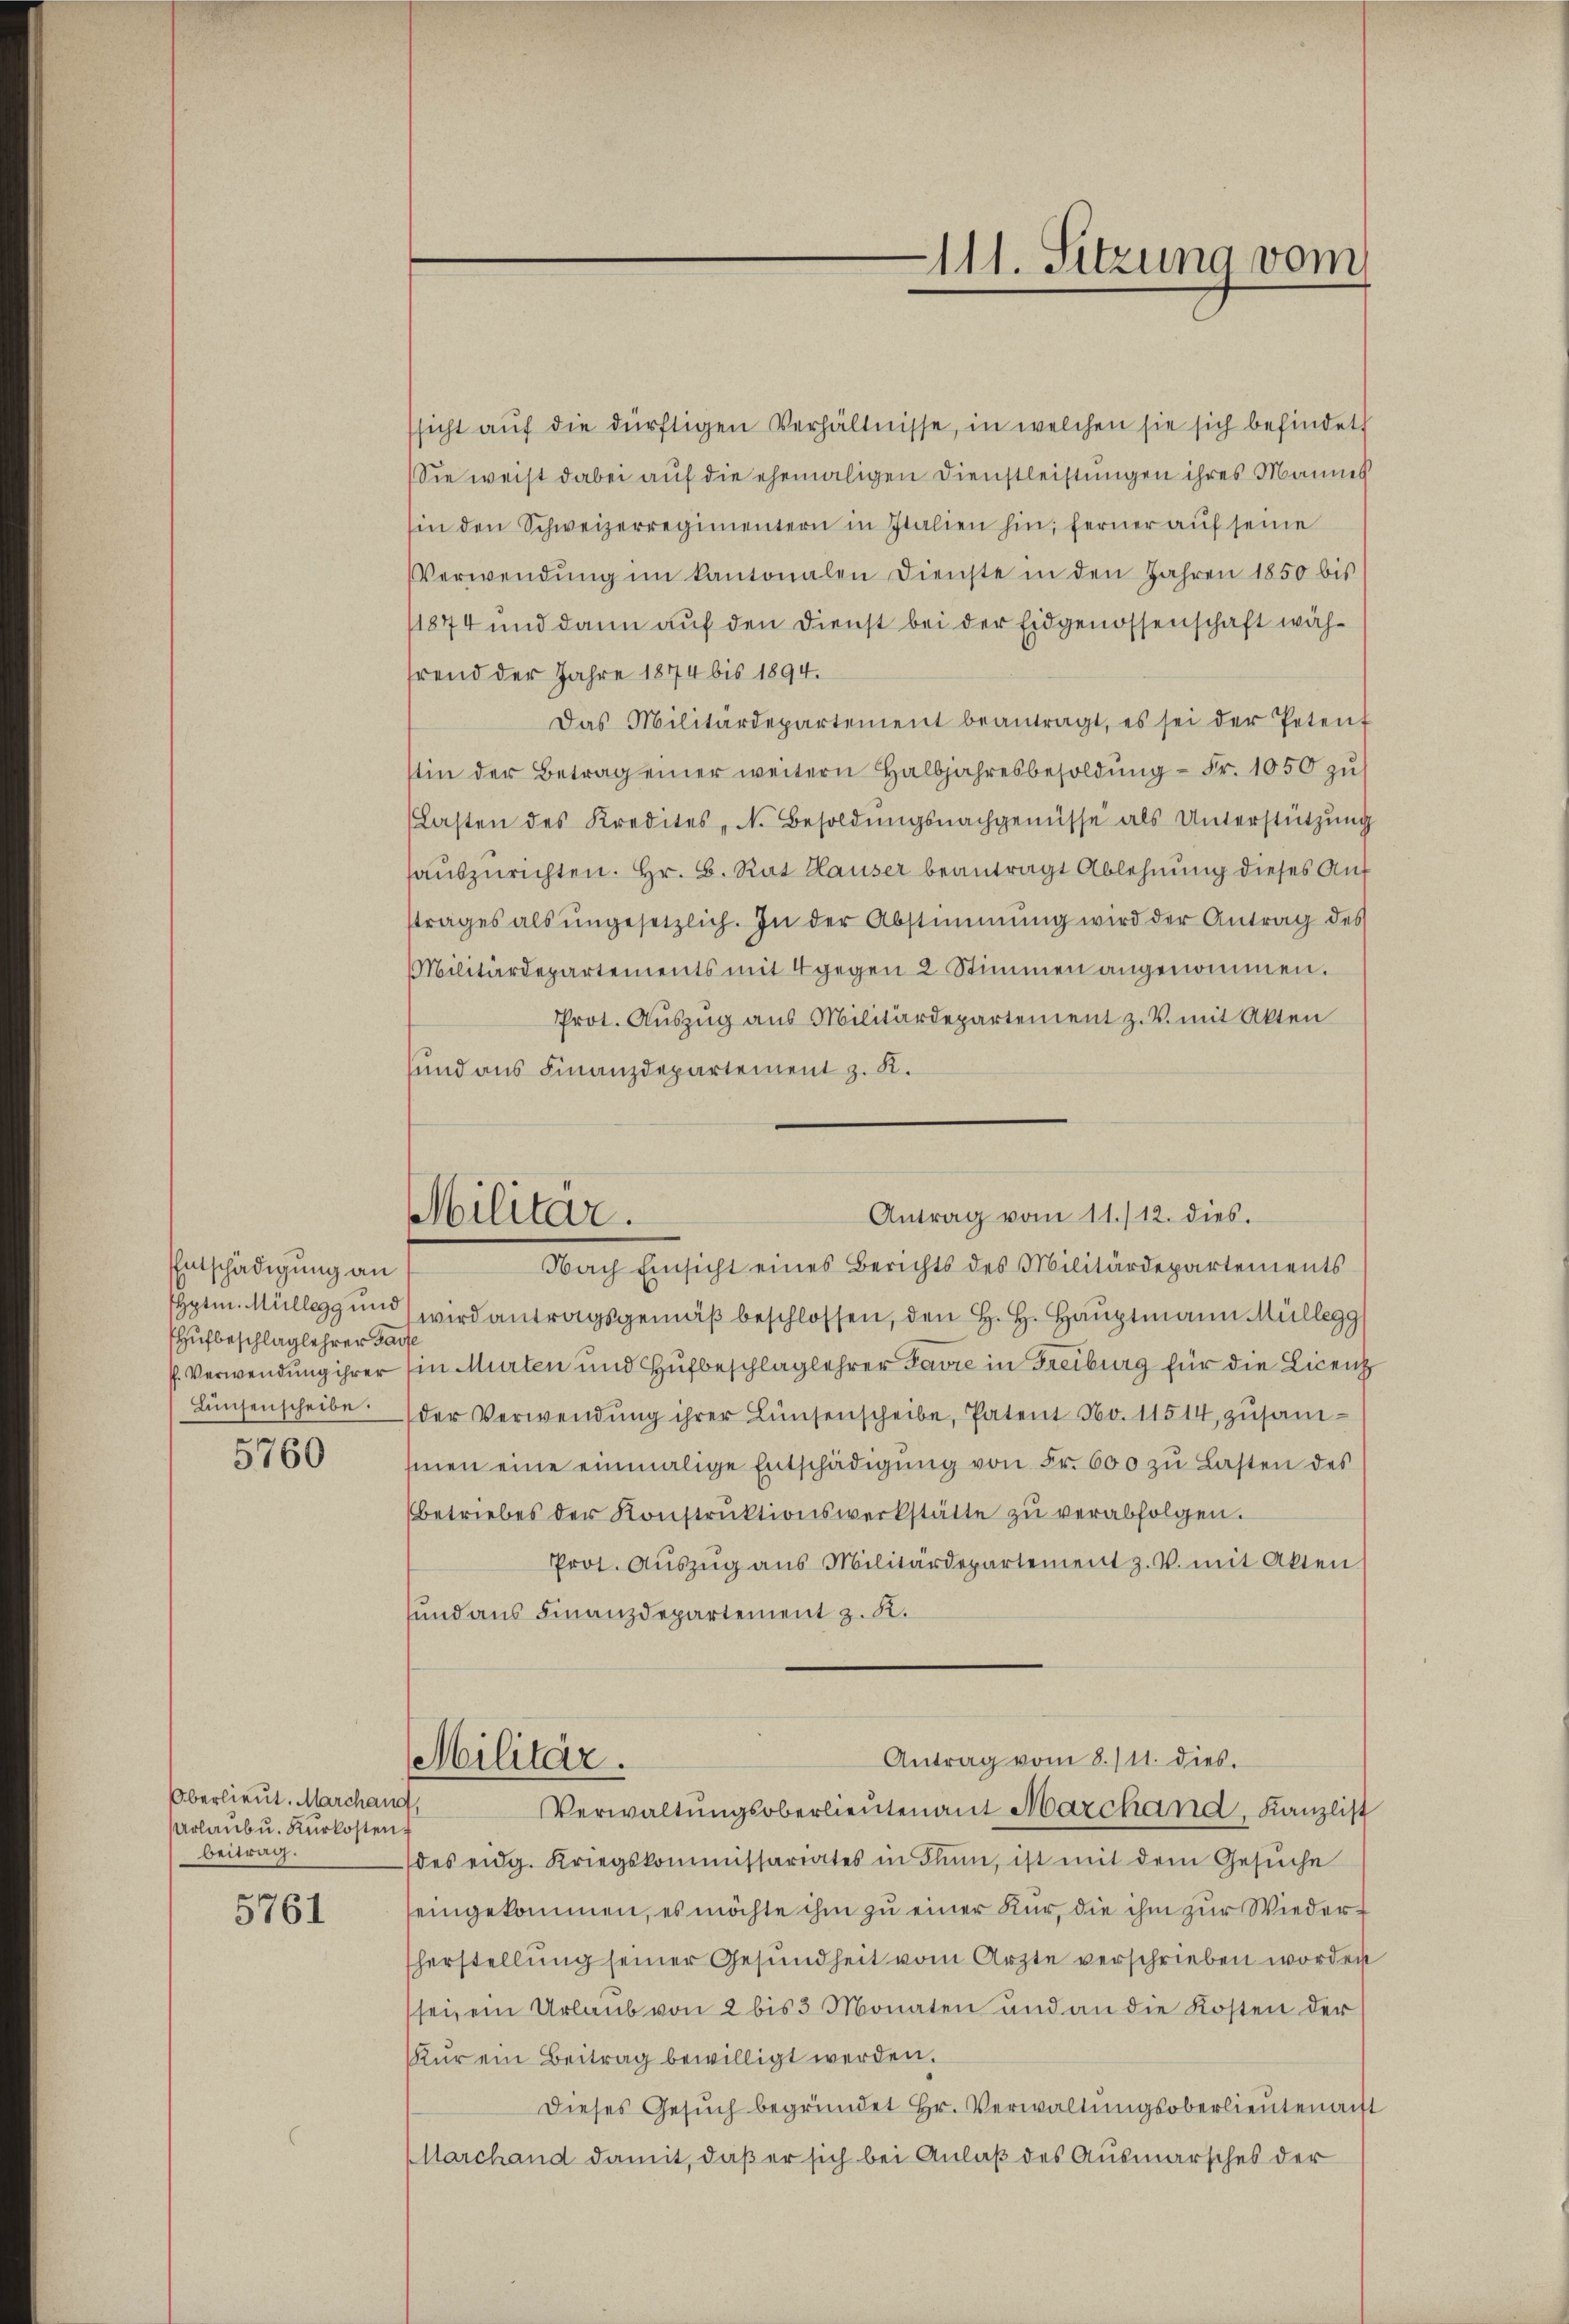
Entschädigung an
ufbeschlag lehrer Sac
Linsenscheibe.

5760

Oberlieut. Marchang,
Arlaŭb u. Kurkosten
beitrag.

5761

Militär.

ssicht aŭf die dürftigen Verhältnisse, in welchen sie sich befindet
Sie weist dabei auf die ehemaligen Dienstleistungen ihres Mannes
sin den Schweizerregimentern in Italien hin; ferner aŭf seine
Verwendŭng im kantonalen Dienste in den Jahren 1850 bis
11874 und dann auf den Dienst bei der Eidgenossenschaft wähhrend der Jahre 1874 bis 1894.
Das Militärdepartement beantragt, es sei der Petent
stin der Betrag einer weitern Halbjahresbesoldŭng - Fr. 1050 zu
Lasten des Kredites N. Besoldŭngsnachgenüsse als Unterstützŭng
haŭszŭrichten. Hr. B. Rat Hauser beantragt Ablehnung dieses Auf
strages als ŭngesetzlich. In der Abstimmung wird der Antrag des
Militärdepartements mit 4 gegen 2 Stimmen angenommen.
Prot. Aŭszŭg aŭs Militärdepartement z. V. mit Akten
sund aus Finanzdepartement z. K.
Nach Einsicht eines Berichts des Militärdepartements
Hptm. Müllegg und wird antragsgemäß beschlossen, den H. H. Hauptmann Müllegg
P. Verwendung ihrer Ein Murten und Hufbeschlag lehrer Favre in Freiburg für die Licenz
der Verwendŭng ihrer Linsenscheibe, Patent No. 11514, zusamsinen eine einmalige Entschädigŭng von Fr. 600 zu Lasten des
(betriebes der Konstrŭktionswerkstätte zŭ verabfolgen.
Prot. Aŭszŭg aŭs Militärdepartement z. V. mit Akten
sund aus Finanzdepartement z. K.
Antrag vom 8./11. dies.
Militär.
Verwaltungsoberlieutenant Marchand, Kanzlist
des eidg. Kriegskommissariates in Thun, ist mit dem Gesŭche
seingekommen, es möchte ihm zu einer Nur, die ihm zur Wiederherstellung seiner Gesundheit vom Arzte verschrieben worden
sei, ein Urlaub von 2 bis 3 Monaten und an die Kosten der
ŭr ein Beitrag bewilligt werden.
Dieses Gesŭch begründet Hr. Verwaltŭngsoberlieutenauft
Marchand damit, daß er sich bei Anlaß des Ausmarsches der

Antrag vom 11./12. dies.

111. Sitzung vom